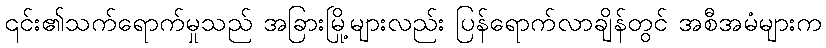
၎င်း၏သက်ရောက်မှုသည် အခြားမြို့များလည်း ပြန်ရောက်လာချိန်တွင် အစီအမံများက